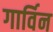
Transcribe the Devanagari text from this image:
गार्विन